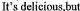
It's delicious,but